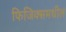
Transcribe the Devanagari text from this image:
फिजिक्समधील